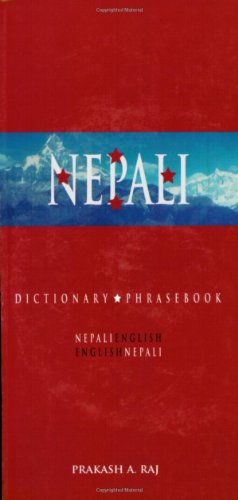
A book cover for Nepali-English/English-Nepali Dictionary and Phrasebook (Hippocrene Dictionary & Phrasebooks); Prakash A. Raj; Travel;